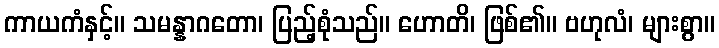
ကာယကံနှင့်။ သမန္နာဂတော၊ ပြည့်စုံသည်။ ဟောတိ၊ ဖြစ်၏။ ဗဟုလံ၊ များစွာ။